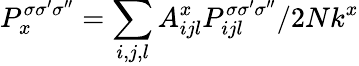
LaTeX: P_{x}^{\sigma\sigma^{\prime}\sigma^{\prime\prime}}=\sum_{i,j,l}A_{ijl}^{x}P_{ijl}^{\sigma\sigma^{\prime}\sigma^{\prime\prime}}/2Nk^{x}